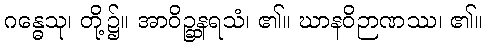
ဂန္ဓေသု၊ တို့၌။ အာဝိဉ္ဆနရသံ၊ ၏။ ဃာနဝိဉာဏဿ၊ ၏။